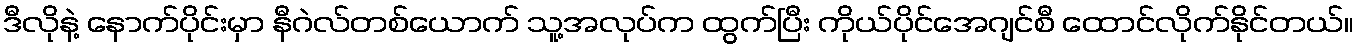
ဒီလိုနဲ့ နောက်ပိုင်းမှာ နီဂဲလ်တစ်ယောက် သူ့အလုပ်က ထွက်ပြီး ကိုယ်ပိုင်အေဂျင်စီ ထောင်လိုက်နိုင်တယ်။